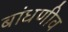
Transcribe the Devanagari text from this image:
बांधणीव